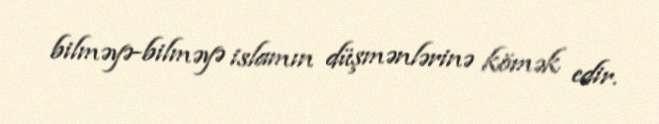
bilməyə-bilməyə islamın düşmənlərinə kömək edir.